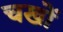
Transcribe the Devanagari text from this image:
चखों